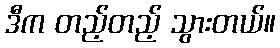
ဒီက တည့်တည့် သွားတယ်။